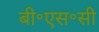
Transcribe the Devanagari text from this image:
बी॰एस॰सी